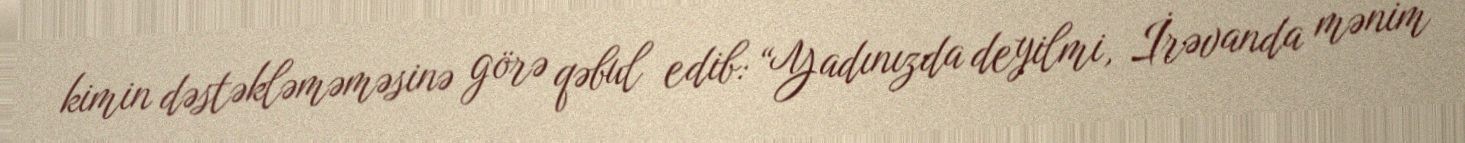
kimin dəstəkləməməsinə görə qəbul edib: “Yadınızda deyilmi, İrəvanda mənim